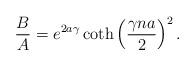
LaTeX: \begin{align*}\frac{B}{A}= e^{2 a \gamma} \coth \left( \frac{\gamma n a}{2} \right)^2.\end{align*}